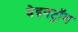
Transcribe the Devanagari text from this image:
वेइनट्रॉब